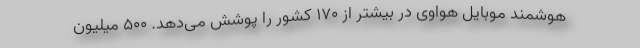
هوشمند موبایل هواوی در بیشتر از ۱۷۰ کشور را پوشش می‌دهد. ۵۰۰ میلیون